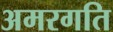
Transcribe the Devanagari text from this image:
अमरगति